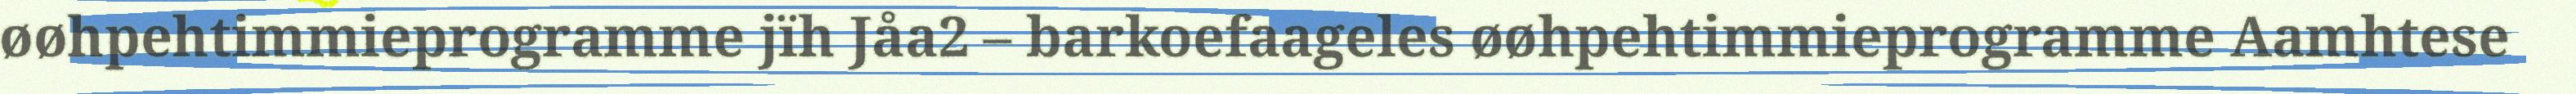
øøhpehtimmieprogramme jïh Jåa2 – barkoefaageles øøhpehtimmieprogramme Aamhtese